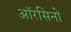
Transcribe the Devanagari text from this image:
ऑरसिनो